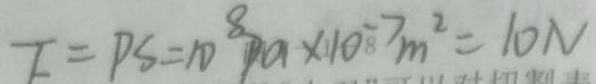
F = P S = 1 0 ^ { 8 } P a \times 1 0 ^ { - 7 } m ^ { 2 } = 1 0 N